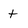
Character: t